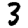
Digit: 3